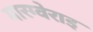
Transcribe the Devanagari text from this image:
मारग्वेराइ